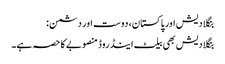
بنگلادیش اور پاکستان، دوست اور دشمن:
بنگلادیش بھی بیلٹ اینڈ روڈ منصوبے کا حصہ ہے۔